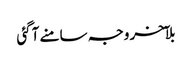
بلآخر وجہ سامنے آگئی